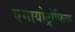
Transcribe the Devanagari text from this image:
एमायोट्रोफिक